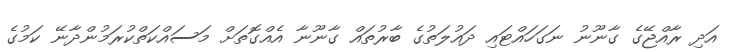
އަދި ރާއްޖޭގެ ގާނޫނު ނަގަހައްޓައި ދައުލަތުގެ ބާރުތައް ގާނޫނާ އެއްގޮތަށް މަސައްކަތްކުރަމުންދާނޭ ކަމުގެ